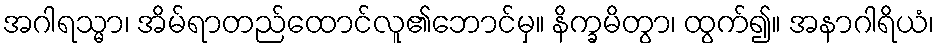
အဂါရသ္မာ၊ အိမ်ရာတည်ထောင်လူ၏ဘောင်မှ။ နိက္ခမိတွာ၊ ထွက်၍။ အနာဂါရိယံ၊